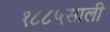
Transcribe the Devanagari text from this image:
१८८५साली